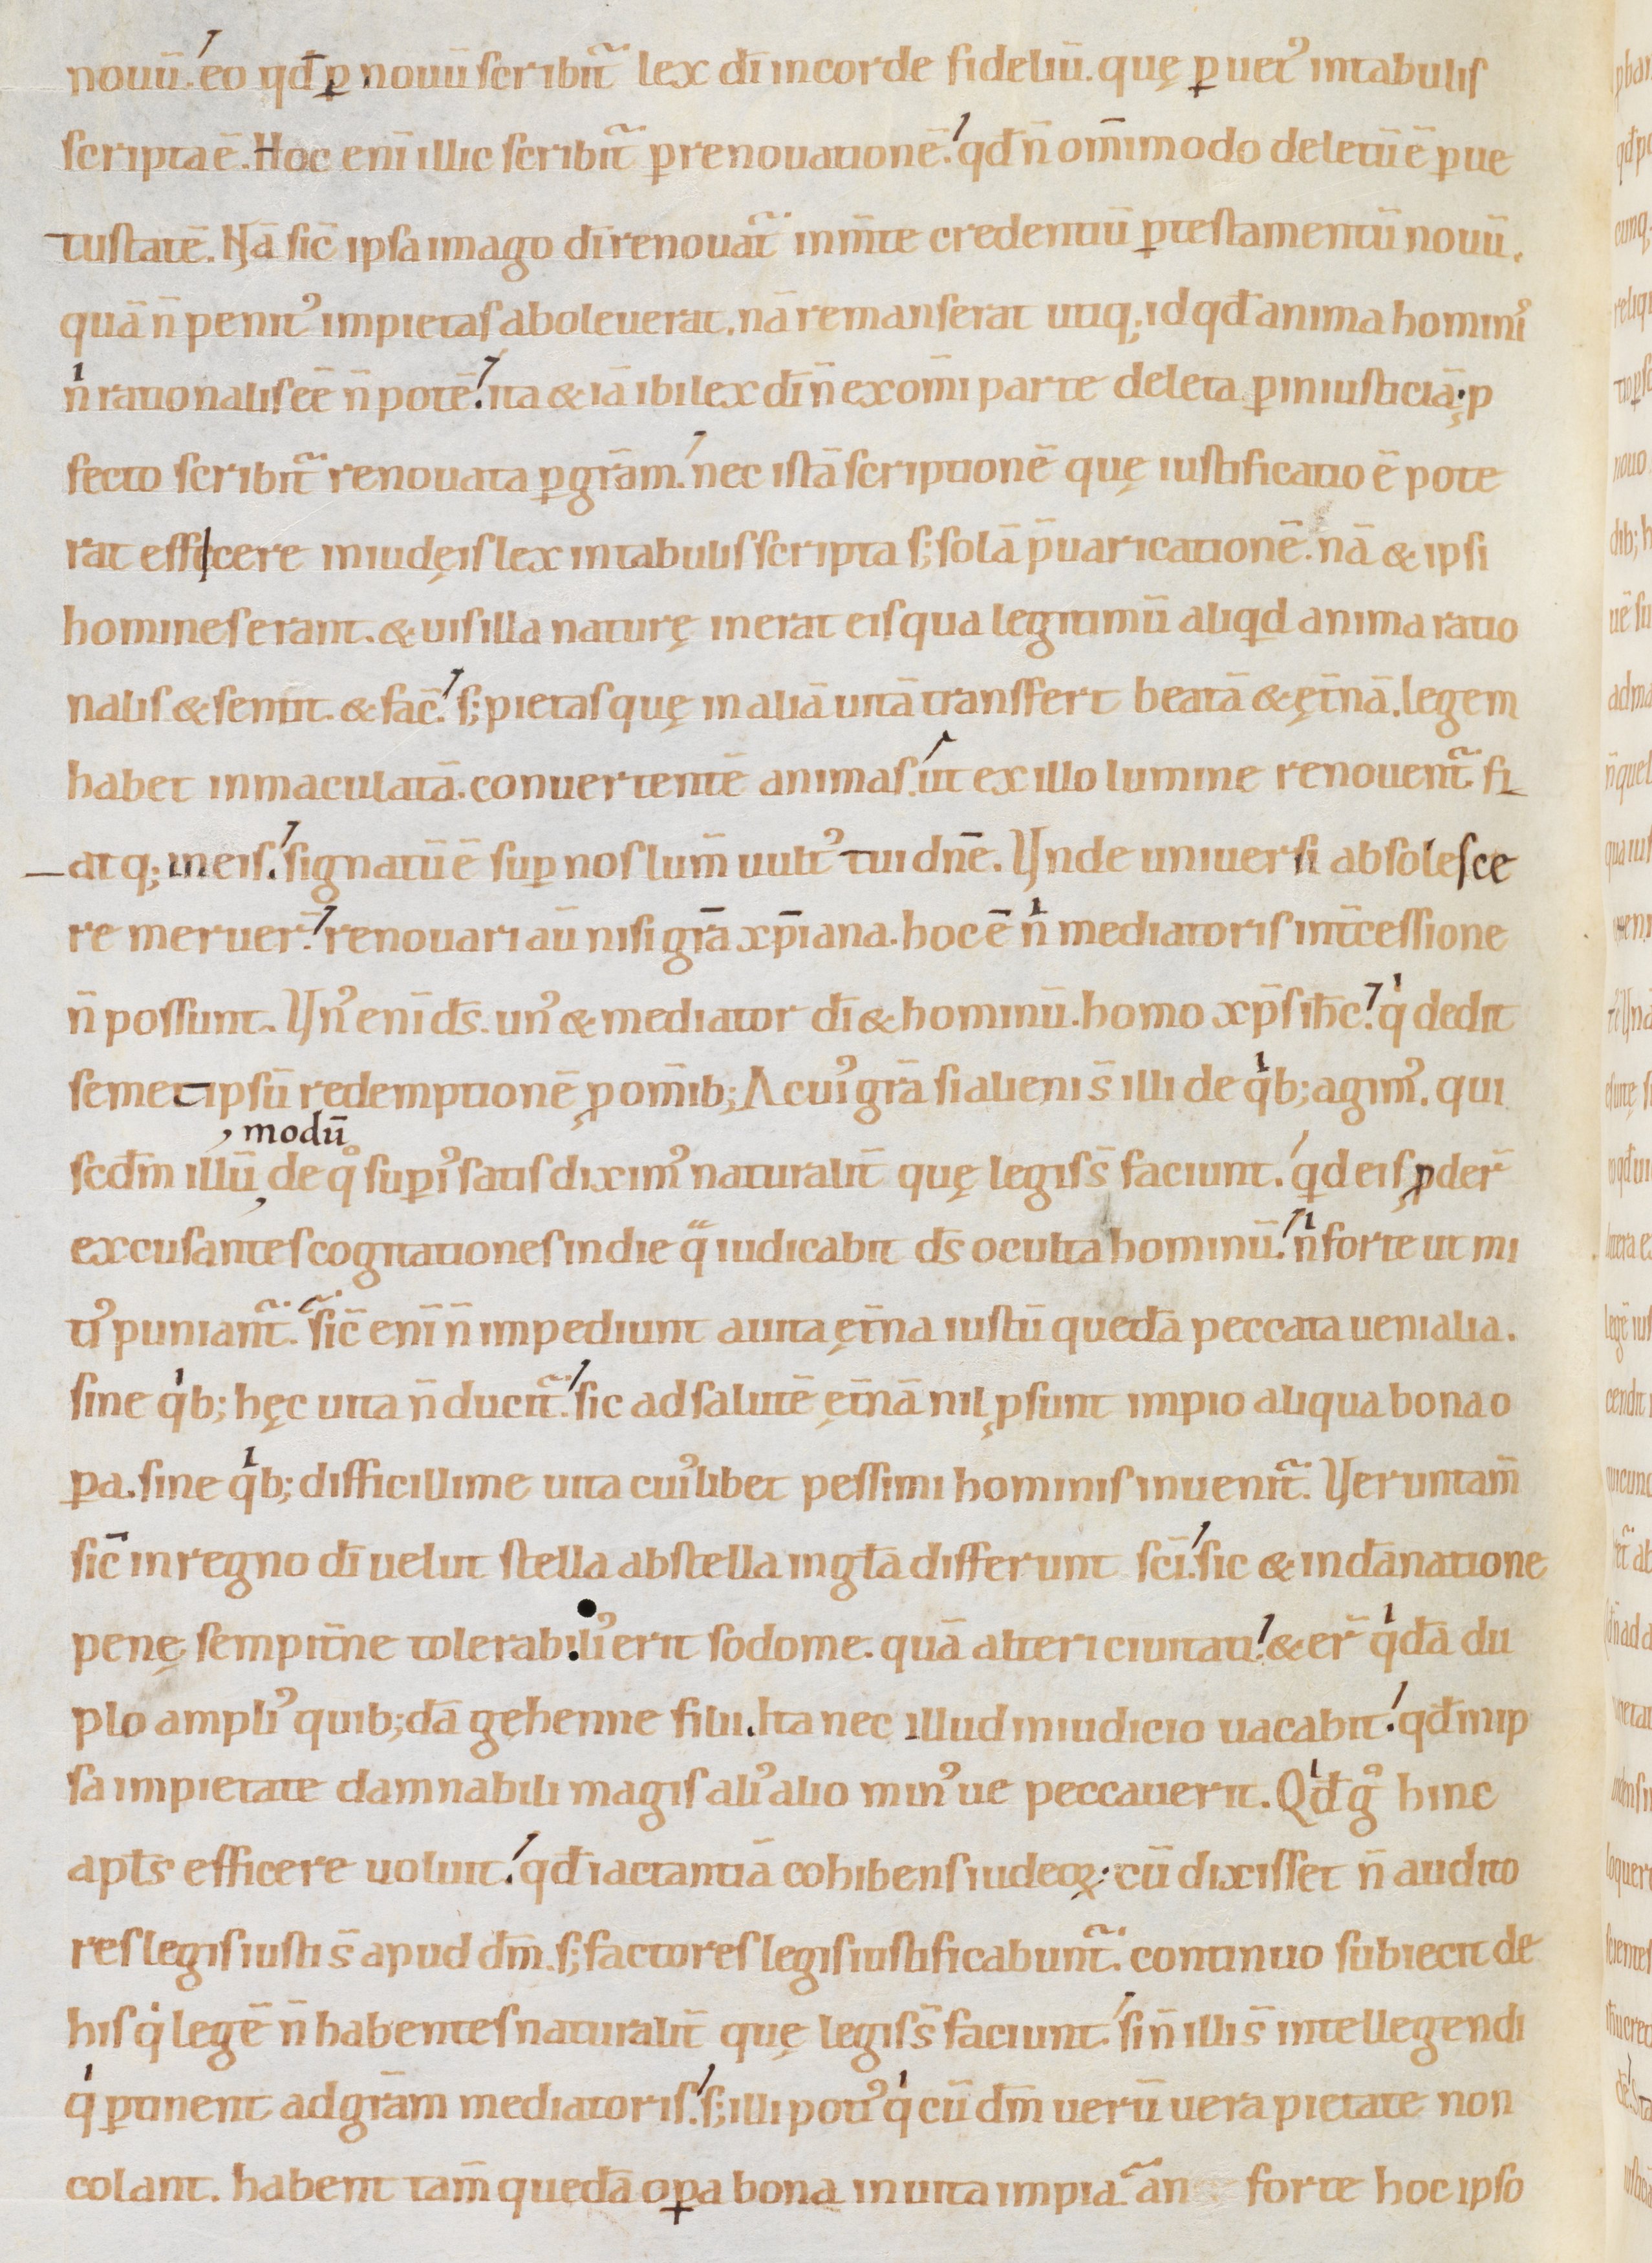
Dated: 1080–1096